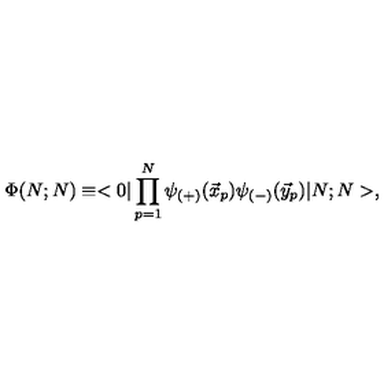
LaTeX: \Phi ( N ; N ) \equiv < 0 | \prod _ { p = 1 } ^ { N } \psi _ { ( + ) } ( \vec { x } _ { p } ) \psi _ { ( - ) } ( \vec { y } _ { p } ) | N ; N > ,